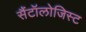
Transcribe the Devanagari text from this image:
सैंटॉलोजिस्ट